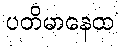
ပတိမာနေထ